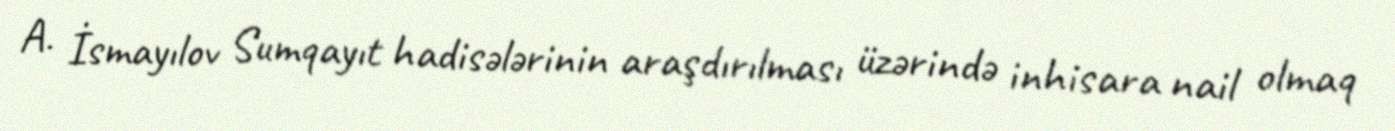
A. İsmayılov Sumqayıt hadisələrinin araşdırılması üzərində inhisara nail olmaq